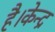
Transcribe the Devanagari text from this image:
है।केन्द्र